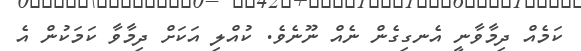
ކަމެއް ދިމާވާނީ އެނގިގެން ނެއް ނޫނެވެ. ކުއްލި އަކަށް ދިމާވާ ކަމަކުން އެ